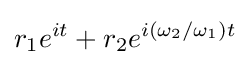
r_{1}e^{it}+r_{2}e^{i(\omega _{2}/\omega _{1})t}